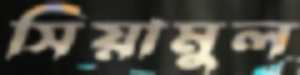
সিয়ামুল